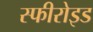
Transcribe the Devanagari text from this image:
स्फीरोइड